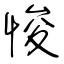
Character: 悛